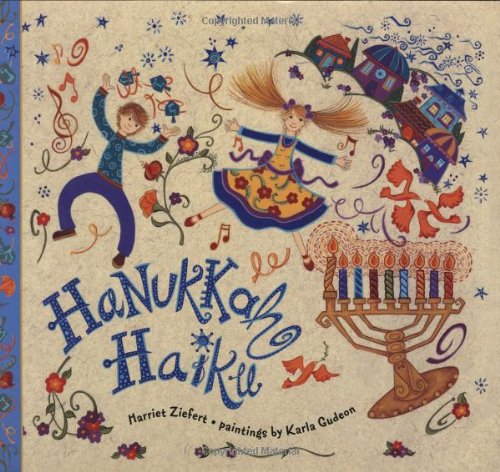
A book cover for Hanukkah Haiku; Harriet Ziefert; Children's Books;